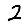
Digit: 2